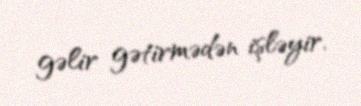
gəlir gətirmədən işləyir.